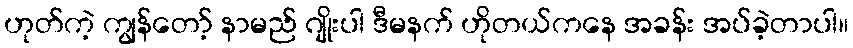
ဟုတ်ကဲ့ ကျွန်တော့် နာမည် ဂျိုးပါ ဒီမနက် ဟိုတယ်ကနေ အခန်း အပ်ခဲ့တာပါ။